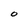
Character: O